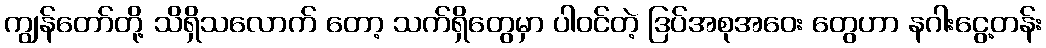
ကျွန်တော်တို့ သိရှိသလောက် တော့ သက်ရှိတွေမှာ ပါဝင်တဲ့ ဒြပ်အစုအဝေး တွေဟာ နဂါးငွေ့တန်း